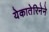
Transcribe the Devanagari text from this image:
येकातेरिनेने